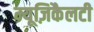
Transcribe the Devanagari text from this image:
म्यूज़िकैलटी